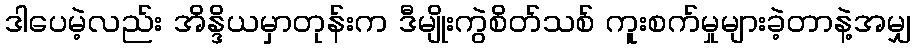
ဒါပေမဲ့လည်း အိန္ဒိယမှာတုန်းက ဒီမျိုးကွဲစိတ်သစ် ကူးစက်မှုများခဲ့တာနဲ့အမျှ